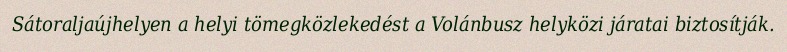
Sátoraljaújhelyen a helyi tömegközlekedést a Volánbusz helyközi járatai biztosítják.